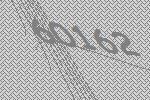
60162